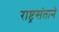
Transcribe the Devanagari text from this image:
राष्ट्रसंताने